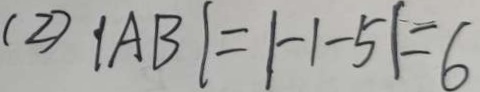
( 2 ) \vert A B \vert = \vert - 1 - 5 \vert = 6